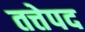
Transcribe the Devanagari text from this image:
तत्तेपद